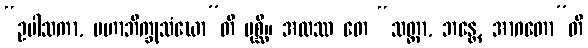
“ဥပါသကာ, မဟာဘိက္ခုသံဃော”တိ ပုစ္ဆိ။ အထဿ တေ “သတ္ထာ, ဘန္တေ, အာဂတော”တိ